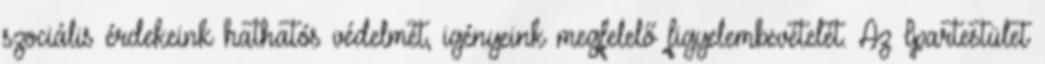
szociális érdekeink hathatós védelmét, igényeink megfelelő figyelembevételét. Az Ipartestület